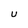
Character: U